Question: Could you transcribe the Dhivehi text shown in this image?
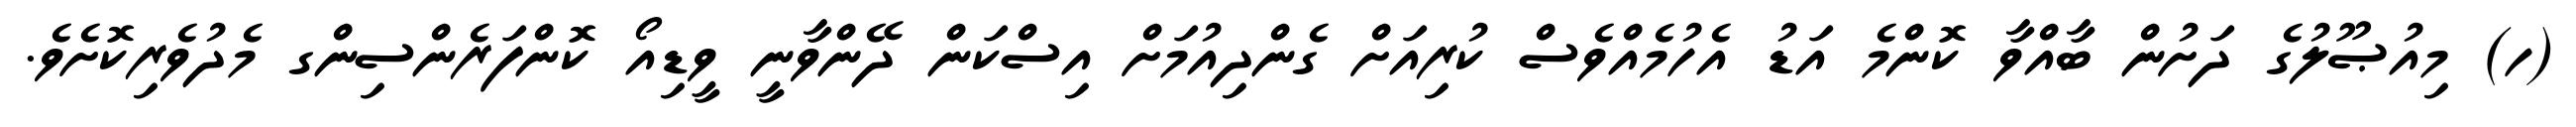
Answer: (ހ) މިއުޞޫލުގެ ދަށުން ބާއްވާ ކޮންމެ އަޑު އެހުމެއްވެސް ކުރިއަށް ގެންދިއުމަށް އިސްކަން ދޭންވާނީ ވީޑިއޯ ކޮންފަރެންސިންގ މެދުވެރިކޮށެވެ.